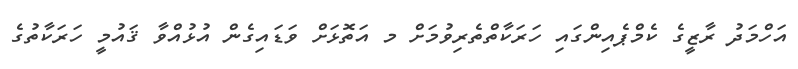
އަހްމަދު ރާޒީގެ ކެމްޕެއިންގައި ހަރަކާތްތެރިވުމަށް މ އަތޮޅަށް ވަޑައިގެން އުޅުއްވާ ޤައުމީ ހަރަކާތުގެ